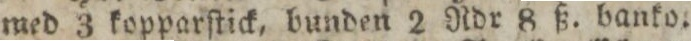
med 3 kopparſtick, bunden 2 Rdr 8 ß. banko.